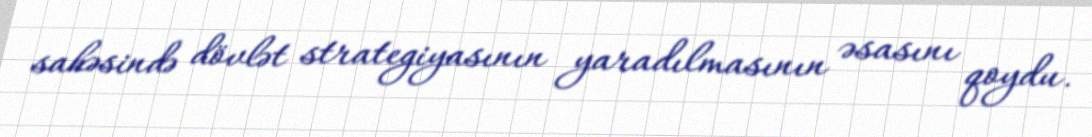
sahəsində dövlət strategiyasının yaradılmasının əsasını qoydu.